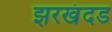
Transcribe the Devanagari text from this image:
झरखंदड